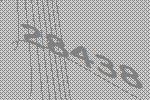
28438